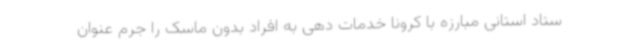
ستاد استانی مبارزه با کرونا خدمات دهی به افراد بدون ماسک را جرم عنوان